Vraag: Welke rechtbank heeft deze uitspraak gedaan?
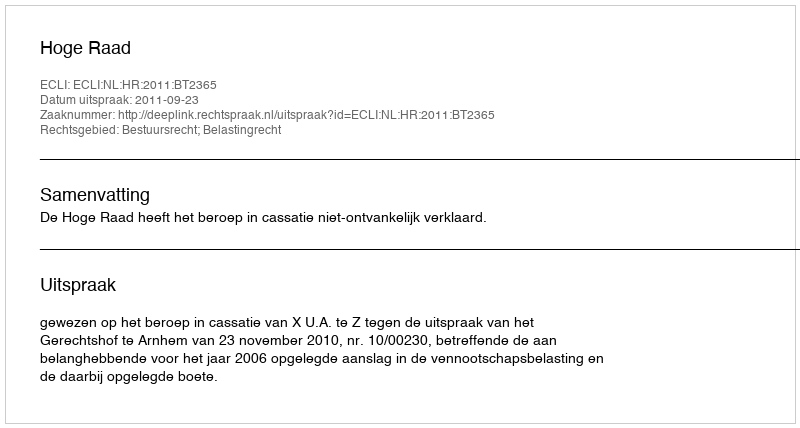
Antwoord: Hoge Raad